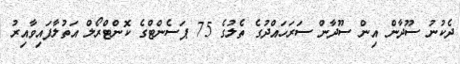
ދެކުނު ސޫދާން އިން ސޫދާން ސަރަހައްދުގެ ތެލުގެ 75 ޕަސެންޓްގެ ކޮންޓްރޯލް އަތުލާފައިވާއިރު